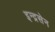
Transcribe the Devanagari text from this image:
इन्द्रसेन